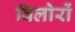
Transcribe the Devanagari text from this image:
विलोरों